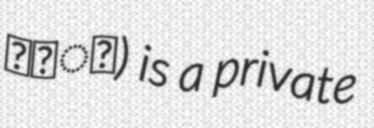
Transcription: कलेज) is a private